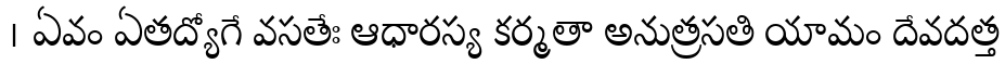
। ఏవం ఏతద్యోగే వసతేః ఆధారస్య కర్మతా అనుత్రసతి యామం దేవదత్త